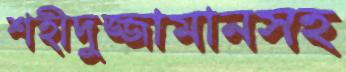
শহীদুজ্জামানসহ